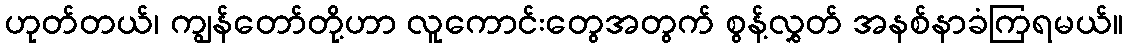
ဟုတ်တယ်၊ ကျွန်တော်တို့ဟာ လူကောင်းတွေအတွက် စွန့်လွှတ် အနစ်နာခံကြရမယ်။